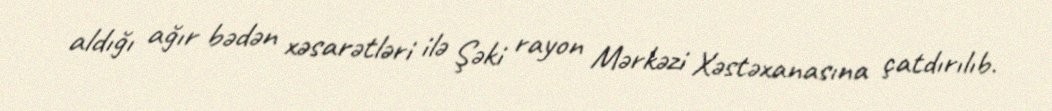
aldığı ağır bədən xəsarətləri ilə Şəki rayon Mərkəzi Xəstəxanasına çatdırılıb.